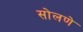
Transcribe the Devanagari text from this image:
सोलणे